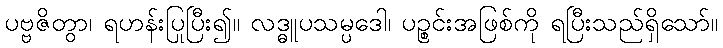
ပဗ္ဗဇိတွာ၊ ရဟန်းပြုပြီး၍။ လဒ္ဓူပသမ္ပဒေါ၊ ပဉ္စင်းအဖြစ်ကို ရပြီးသည်ရှိသော်။